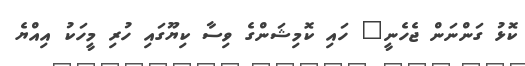
ކޮޅު ގަންނަން ޖެހެނީ" ހައި ކޮމިޝަންގެ ވިސާ ކިޔޫގައި ހުރި މީހަކު އިއްޔެ